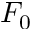
F _ { 0 }